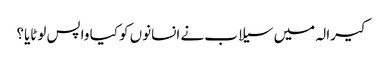
کیرالہ میں سیلاب نے انسانوں کو کیا واپس لوٹایا؟